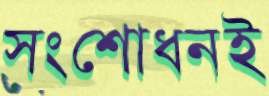
সংশোধনই